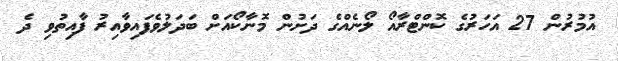
އުމުރުން 27 އަހަރުގެ ކޮންޓްރާއޯ ލޯނެއްގެ ދަށުން މޮނާކޯއަށް ބަދަލުވެފައިވާއިރު ފާއިތުވި ދެ